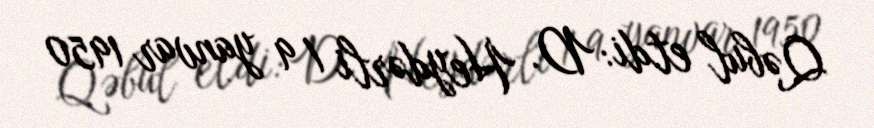
Qəbul etdi: D. Heydərli / 9 yanvar 1950